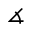
\measuredangle